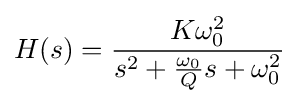
H(s)={\frac {K\omega _{0}^{2}}{s^{2}+{\frac {\omega _{0}}{Q}}s+\omega _{0}^{2}}}